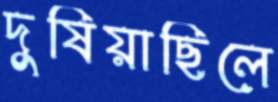
দুষিয়াছিলে